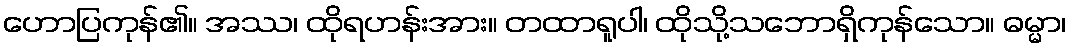
ဟောပြကုန်၏။ အဿ၊ ထိုရဟန်းအား။ တထာရူပါ၊ ထိုသို့သဘောရှိကုန်သော။ ဓမ္မာ၊